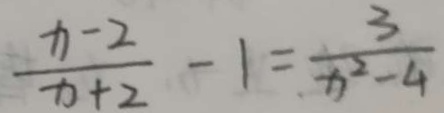
\frac { x - 2 } { x + 2 } - 1 = \frac { 3 } { x ^ { 2 } - 4 }